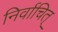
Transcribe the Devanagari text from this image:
निर्वाचित्